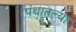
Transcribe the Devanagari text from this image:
पंथातल्या